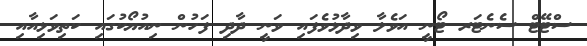
ސްޓޭޓް ސެނެޓަރ ޓޯނީ އަވެލާ ވިދާޅުވެފައި ވަނީ ދާދި ފަހުން ނިއުޔޯކުގައި ކަތިވަޅިއާއި